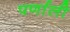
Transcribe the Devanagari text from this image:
पर्णाली